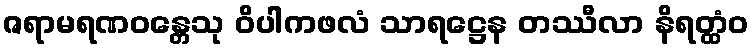
ဇရာမရဏဝန္တေသု ဝိပါကဖလံ သာရဋ္ဌေန တဿီလာ နိရတ္ထံဝ